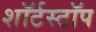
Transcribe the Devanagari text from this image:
शॉर्टस्टॉप